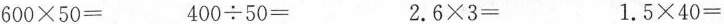
600×50= 400÷50= 2.6×3= 1.5×40=